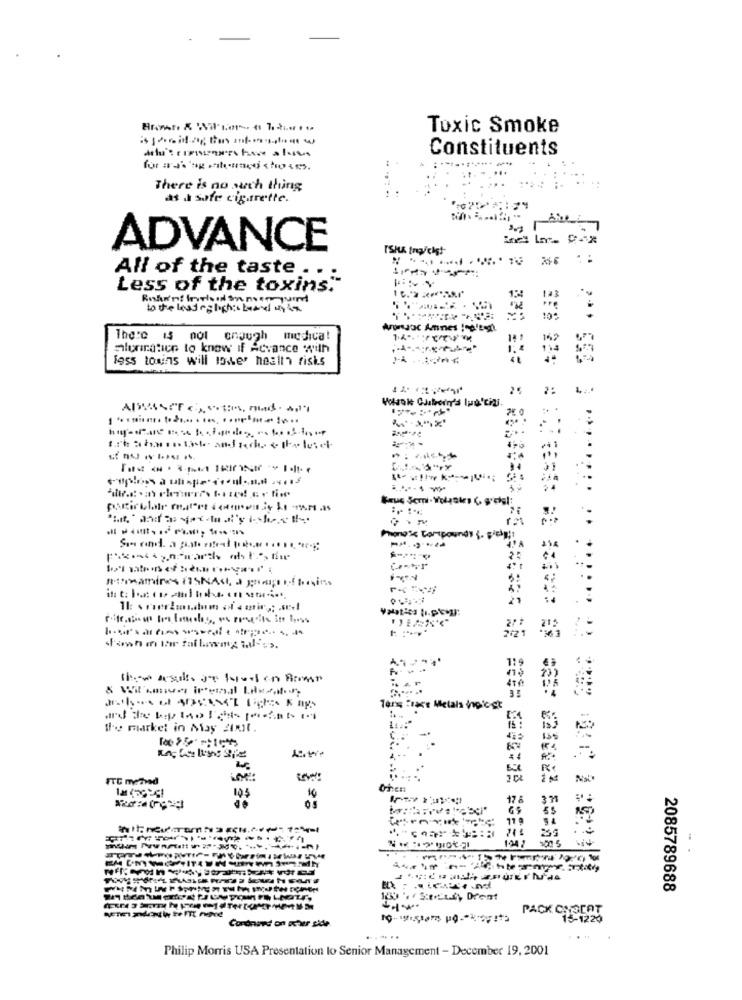
Toxic Smoke
Constituents
There is no such thing
at a safe cigarette.
ADVANCE
All of the taste .. :
Less of the toxins."
123
to the lead relishis based on in
The:℃ 15 nol
enough medica!
Alunatien to know if Advance with
less tomins will lower health risks
25
2421
Tor :race Metals in
the market in May 200t.
135
=4
FTC menad
Oten
195
175
119
1047
2085789688
nowistors pokuta
PACK CONCOT
15-1220
Cordeoned on achter side.
.....
Philip Morris USA Presentation to Senior Management - December 19, 2001